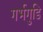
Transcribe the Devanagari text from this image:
गर्भगुडि